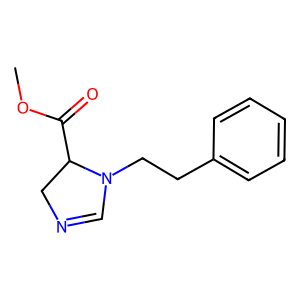
SMILES: COC(=O)C1CN=CN1CCc1ccccc1
Inhibits HIV replication: No